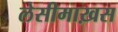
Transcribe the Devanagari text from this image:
लेसीमाख़स